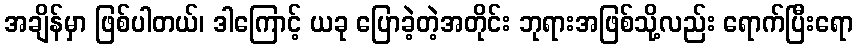
အချိန်မှာ ဖြစ်ပါတယ်၊ ဒါကြောင့် ယခု ပြောခဲ့တဲ့အတိုင်း ဘုရားအဖြစ်သို့လည်း ရောက်ပြီးရော